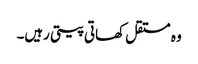
وہ مستقل کھاتی پیتی رہیں۔